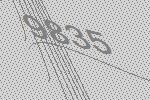
9835